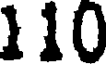
110